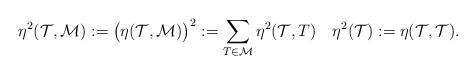
LaTeX: \begin{align*}\eta^2(\mathcal{T},\mathcal{M}):= \big(\eta(\mathcal{T},\mathcal{M})\big)^2:=\sum_{T\in\mathcal{M}}\eta^2(\mathcal{T},T) \quad\eta^2(\mathcal{T}):=\eta(\mathcal{T},\mathcal{T}).\end{align*}